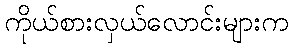
ကိုယ်စားလှယ်လောင်းများက